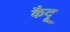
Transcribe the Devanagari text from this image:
कैदू